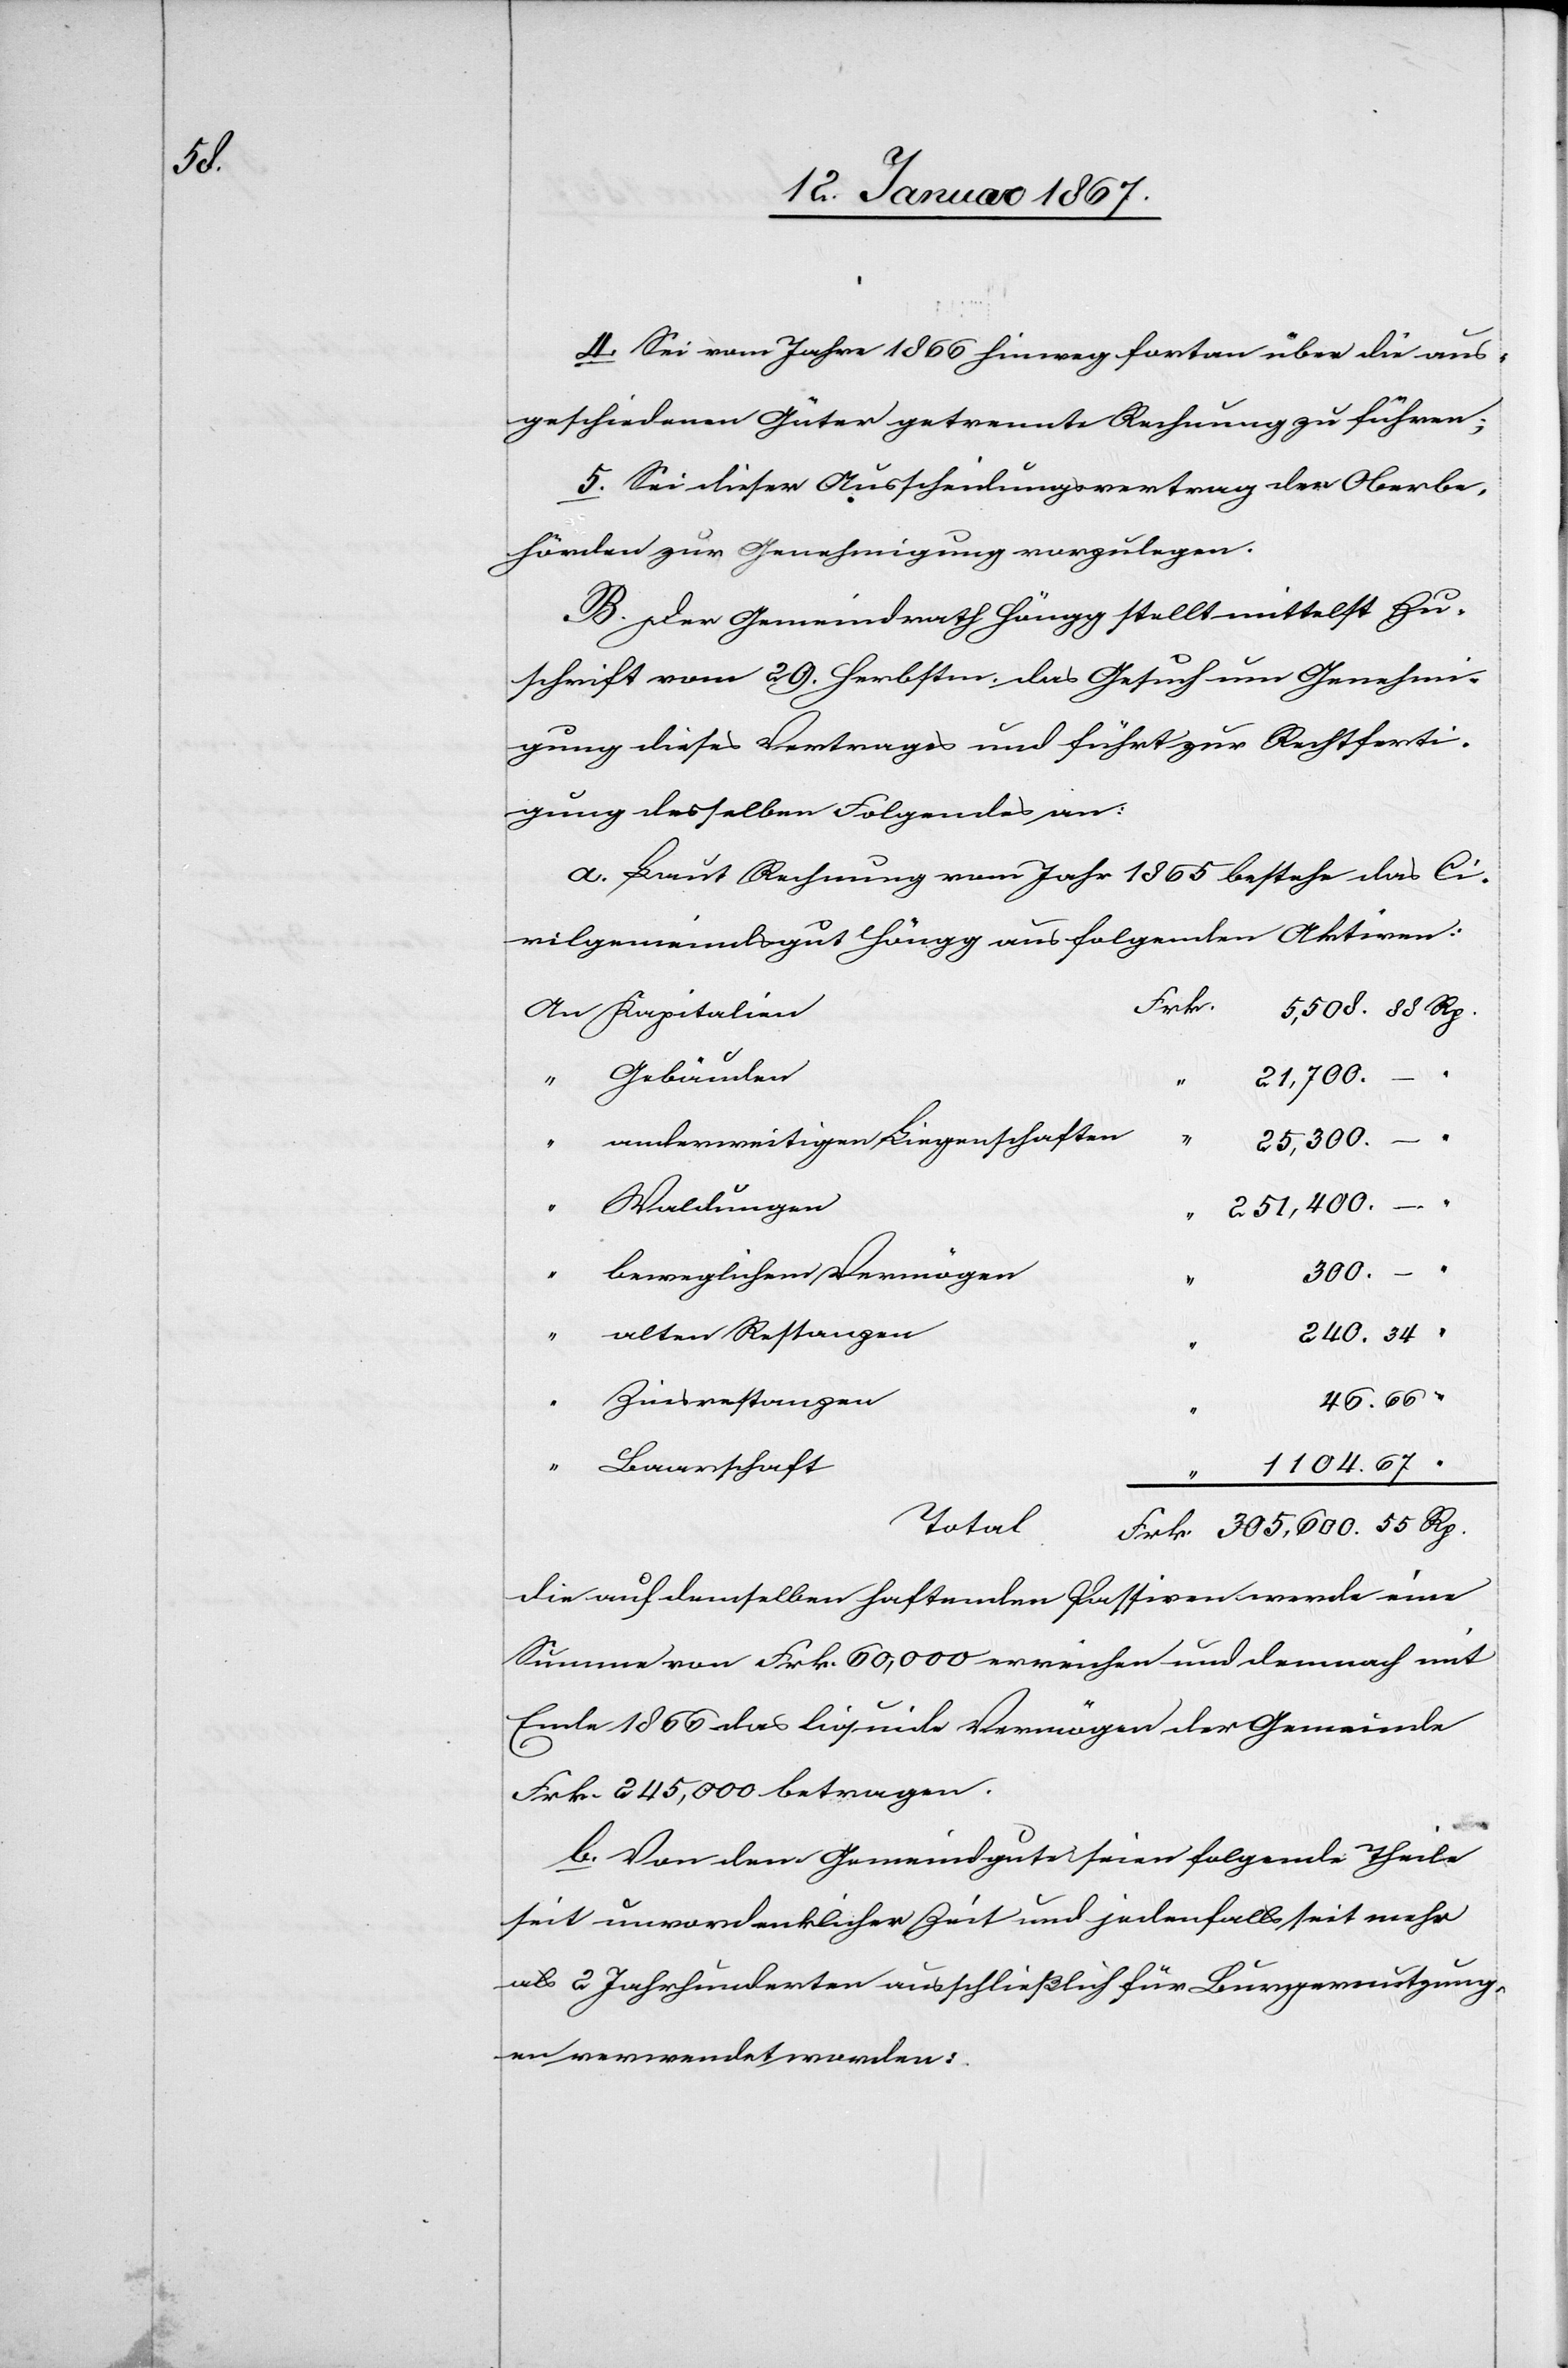
4. Sei vom Jahre 1866 hinweg fortan über die aus¬
geschiedenen Güter getrennte Rechnung zu führen;
5. Sei dieser Ausscheidungsvertrag den Oberbe¬
hörden zur Genehmigung vorzulegen.
B. Der Gemeindrath Höngg stellt mittelst Zu¬
schrift vom 29. Herbstm. das Gesuch um Genehmi¬
gung dieses Vertrages und fährt zur Rechtferti¬
gung desselben Folgendes an:
a. Laut Rechnung vom Jahr 1865 bestehe das Ci¬
vilgemeindsgut Höngg aus folgenden Aktiven:
5,508. 88 Rp.
21,700.
‟
nderweitigen Liegenschaften
25,300.
‟
‟
‟			b¬
eweglichem Vermögen
300.
240. 34 ‟
____________
46. 66 ‟
‟
1104. 67 ‟
Total
Frk. 305,600. 55 Rp.
die auf denselben haftenden Passiven werde eine
Summe von Frk. 60,000 erreichen und demnach mit
Ende 1866 das liquide Vermögen der Gemeinde
Frk. 245,000 betragen.
b. Von dem Gemeindegute seien folgende Theile
seit unvordenklicher Zeit und jedenfalls seit mehr
als 2 Jahrhunderten ausschließlich für Bürgernutzung¬
en verwendet worden: